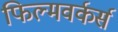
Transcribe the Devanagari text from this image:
फिल्मवर्कर्स